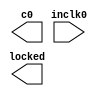
// megafunction wizard: %ALTPLL%VBB%
// GENERATION: STANDARD
// VERSION: WM1.0
// MODULE: altpll 

// ============================================================
// Megafunction Name(s):
// 			altpll
//
// Simulation Library Files(s):
// 			altera_mf
// ============================================================
// ************************************************************
// THIS IS A WIZARD-GENERATED FILE. DO NOT EDIT THIS FILE!
//
// 12.1 Build 177 11/07/2012 SJ Web Edition
// ************************************************************

//Copyright (C) 1991-2012 Altera Corporation
//Your use of Altera Corporation's design tools, logic functions 
//and other software and tools, and its AMPP partner logic 
//functions, and any output files from any of the foregoing 
//(including device programming or simulation files), and any 
//associated documentation or information are expressly subject 
//to the terms and conditions of the Altera Program License 
//Subscription Agreement, Altera MegaCore Function License 
//Agreement, or other applicable license agreement, including, 
//without limitation, that your use is for the sole purpose of 
//programming logic devices manufactured by Altera and sold by 
//Altera or its authorized distributors.  Please refer to the 
//applicable agreement for further details.

module pll (
	inclk0,
	c0,
	locked);

	input	  inclk0;
	output	  c0;
	output	  locked;

endmodule

// ============================================================
// CNX file retrieval info
// ============================================================
// Retrieval info: PRIVATE: ACTIVECLK_CHECK STRING "0"
// Retrieval info: PRIVATE: BANDWIDTH STRING "1.000"
// Retrieval info: PRIVATE: BANDWIDTH_FEATURE_ENABLED STRING "0"
// Retrieval info: PRIVATE: BANDWIDTH_FREQ_UNIT STRING "MHz"
// Retrieval info: PRIVATE: BANDWIDTH_PRESET STRING "Low"
// Retrieval info: PRIVATE: BANDWIDTH_USE_AUTO STRING "1"
// Retrieval info: PRIVATE: BANDWIDTH_USE_CUSTOM STRING "0"
// Retrieval info: PRIVATE: BANDWIDTH_USE_PRESET STRING "0"
// Retrieval info: PRIVATE: CLKBAD_SWITCHOVER_CHECK STRING "0"
// Retrieval info: PRIVATE: CLKLOSS_CHECK STRING "0"
// Retrieval info: PRIVATE: CLKSWITCH_CHECK STRING "1"
// Retrieval info: PRIVATE: CNX_NO_COMPENSATE_RADIO STRING "0"
// Retrieval info: PRIVATE: CREATE_CLKBAD_CHECK STRING "0"
// Retrieval info: PRIVATE: CREATE_INCLK1_CHECK STRING "0"
// Retrieval info: PRIVATE: CUR_DEDICATED_CLK STRING "c0"
// Retrieval info: PRIVATE: CUR_FBIN_CLK STRING "c0"
// Retrieval info: PRIVATE: DEVICE_SPEED_GRADE STRING "7"
// Retrieval info: PRIVATE: DIV_FACTOR0 NUMERIC "15"
// Retrieval info: PRIVATE: DUTY_CYCLE0 STRING "50.00000000"
// Retrieval info: PRIVATE: EFF_OUTPUT_FREQ_VALUE0 STRING "25.200001"
// Retrieval info: PRIVATE: EXPLICIT_SWITCHOVER_COUNTER STRING "0"
// Retrieval info: PRIVATE: EXT_FEEDBACK_RADIO STRING "0"
// Retrieval info: PRIVATE: GLOCKED_COUNTER_EDIT_CHANGED STRING "1"
// Retrieval info: PRIVATE: GLOCKED_FEATURE_ENABLED STRING "1"
// Retrieval info: PRIVATE: GLOCKED_MODE_CHECK STRING "0"
// Retrieval info: PRIVATE: GLOCK_COUNTER_EDIT NUMERIC "1048575"
// Retrieval info: PRIVATE: HAS_MANUAL_SWITCHOVER STRING "1"
// Retrieval info: PRIVATE: INCLK0_FREQ_EDIT STRING "27.000"
// Retrieval info: PRIVATE: INCLK0_FREQ_UNIT_COMBO STRING "MHz"
// Retrieval info: PRIVATE: INCLK1_FREQ_EDIT STRING "100.000"
// Retrieval info: PRIVATE: INCLK1_FREQ_EDIT_CHANGED STRING "1"
// Retrieval info: PRIVATE: INCLK1_FREQ_UNIT_CHANGED STRING "1"
// Retrieval info: PRIVATE: INCLK1_FREQ_UNIT_COMBO STRING "MHz"
// Retrieval info: PRIVATE: INTENDED_DEVICE_FAMILY STRING "Cyclone II"
// Retrieval info: PRIVATE: INT_FEEDBACK__MODE_RADIO STRING "1"
// Retrieval info: PRIVATE: LOCKED_OUTPUT_CHECK STRING "1"
// Retrieval info: PRIVATE: LONG_SCAN_RADIO STRING "1"
// Retrieval info: PRIVATE: LVDS_MODE_DATA_RATE STRING "Not Available"
// Retrieval info: PRIVATE: LVDS_MODE_DATA_RATE_DIRTY NUMERIC "0"
// Retrieval info: PRIVATE: LVDS_PHASE_SHIFT_UNIT0 STRING "deg"
// Retrieval info: PRIVATE: MIG_DEVICE_SPEED_GRADE STRING "Any"
// Retrieval info: PRIVATE: MIRROR_CLK0 STRING "0"
// Retrieval info: PRIVATE: MULT_FACTOR0 NUMERIC "14"
// Retrieval info: PRIVATE: NORMAL_MODE_RADIO STRING "1"
// Retrieval info: PRIVATE: OUTPUT_FREQ0 STRING "100.00000000"
// Retrieval info: PRIVATE: OUTPUT_FREQ_MODE0 STRING "0"
// Retrieval info: PRIVATE: OUTPUT_FREQ_UNIT0 STRING "MHz"
// Retrieval info: PRIVATE: PHASE_RECONFIG_FEATURE_ENABLED STRING "0"
// Retrieval info: PRIVATE: PHASE_RECONFIG_INPUTS_CHECK STRING "0"
// Retrieval info: PRIVATE: PHASE_SHIFT0 STRING "0.00000000"
// Retrieval info: PRIVATE: PHASE_SHIFT_STEP_ENABLED_CHECK STRING "0"
// Retrieval info: PRIVATE: PHASE_SHIFT_UNIT0 STRING "deg"
// Retrieval info: PRIVATE: PLL_ADVANCED_PARAM_CHECK STRING "0"
// Retrieval info: PRIVATE: PLL_ARESET_CHECK STRING "0"
// Retrieval info: PRIVATE: PLL_AUTOPLL_CHECK NUMERIC "1"
// Retrieval info: PRIVATE: PLL_ENA_CHECK STRING "0"
// Retrieval info: PRIVATE: PLL_ENHPLL_CHECK NUMERIC "0"
// Retrieval info: PRIVATE: PLL_FASTPLL_CHECK NUMERIC "0"
// Retrieval info: PRIVATE: PLL_FBMIMIC_CHECK STRING "0"
// Retrieval info: PRIVATE: PLL_LVDS_PLL_CHECK NUMERIC "0"
// Retrieval info: PRIVATE: PLL_PFDENA_CHECK STRING "0"
// Retrieval info: PRIVATE: PLL_TARGET_HARCOPY_CHECK NUMERIC "0"
// Retrieval info: PRIVATE: PRIMARY_CLK_COMBO STRING "inclk0"
// Retrieval info: PRIVATE: RECONFIG_FILE STRING "pll.mif"
// Retrieval info: PRIVATE: SACN_INPUTS_CHECK STRING "0"
// Retrieval info: PRIVATE: SCAN_FEATURE_ENABLED STRING "0"
// Retrieval info: PRIVATE: SELF_RESET_LOCK_LOSS STRING "0"
// Retrieval info: PRIVATE: SHORT_SCAN_RADIO STRING "0"
// Retrieval info: PRIVATE: SPREAD_FEATURE_ENABLED STRING "0"
// Retrieval info: PRIVATE: SPREAD_FREQ STRING "50.000"
// Retrieval info: PRIVATE: SPREAD_FREQ_UNIT STRING "KHz"
// Retrieval info: PRIVATE: SPREAD_PERCENT STRING "0.500"
// Retrieval info: PRIVATE: SPREAD_USE STRING "0"
// Retrieval info: PRIVATE: SRC_SYNCH_COMP_RADIO STRING "0"
// Retrieval info: PRIVATE: STICKY_CLK0 STRING "1"
// Retrieval info: PRIVATE: SWITCHOVER_COUNT_EDIT NUMERIC "1"
// Retrieval info: PRIVATE: SWITCHOVER_FEATURE_ENABLED STRING "1"
// Retrieval info: PRIVATE: SYNTH_WRAPPER_GEN_POSTFIX STRING "0"
// Retrieval info: PRIVATE: USE_CLK0 STRING "1"
// Retrieval info: PRIVATE: USE_CLKENA0 STRING "0"
// Retrieval info: PRIVATE: USE_MIL_SPEED_GRADE NUMERIC "0"
// Retrieval info: PRIVATE: ZERO_DELAY_RADIO STRING "0"
// Retrieval info: LIBRARY: altera_mf altera_mf.altera_mf_components.all
// Retrieval info: CONSTANT: CLK0_DIVIDE_BY NUMERIC "15"
// Retrieval info: CONSTANT: CLK0_DUTY_CYCLE NUMERIC "50"
// Retrieval info: CONSTANT: CLK0_MULTIPLY_BY NUMERIC "14"
// Retrieval info: CONSTANT: CLK0_PHASE_SHIFT STRING "0"
// Retrieval info: CONSTANT: COMPENSATE_CLOCK STRING "CLK0"
// Retrieval info: CONSTANT: GATE_LOCK_SIGNAL STRING "NO"
// Retrieval info: CONSTANT: INCLK0_INPUT_FREQUENCY NUMERIC "37037"
// Retrieval info: CONSTANT: INTENDED_DEVICE_FAMILY STRING "Cyclone II"
// Retrieval info: CONSTANT: INVALID_LOCK_MULTIPLIER NUMERIC "5"
// Retrieval info: CONSTANT: LPM_TYPE STRING "altpll"
// Retrieval info: CONSTANT: OPERATION_MODE STRING "NORMAL"
// Retrieval info: CONSTANT: PORT_ACTIVECLOCK STRING "PORT_UNUSED"
// Retrieval info: CONSTANT: PORT_ARESET STRING "PORT_UNUSED"
// Retrieval info: CONSTANT: PORT_CLKBAD0 STRING "PORT_UNUSED"
// Retrieval info: CONSTANT: PORT_CLKBAD1 STRING "PORT_UNUSED"
// Retrieval info: CONSTANT: PORT_CLKLOSS STRING "PORT_UNUSED"
// Retrieval info: CONSTANT: PORT_CLKSWITCH STRING "PORT_UNUSED"
// Retrieval info: CONSTANT: PORT_CONFIGUPDATE STRING "PORT_UNUSED"
// Retrieval info: CONSTANT: PORT_FBIN STRING "PORT_UNUSED"
// Retrieval info: CONSTANT: PORT_INCLK0 STRING "PORT_USED"
// Retrieval info: CONSTANT: PORT_INCLK1 STRING "PORT_UNUSED"
// Retrieval info: CONSTANT: PORT_LOCKED STRING "PORT_USED"
// Retrieval info: CONSTANT: PORT_PFDENA STRING "PORT_UNUSED"
// Retrieval info: CONSTANT: PORT_PHASECOUNTERSELECT STRING "PORT_UNUSED"
// Retrieval info: CONSTANT: PORT_PHASEDONE STRING "PORT_UNUSED"
// Retrieval info: CONSTANT: PORT_PHASESTEP STRING "PORT_UNUSED"
// Retrieval info: CONSTANT: PORT_PHASEUPDOWN STRING "PORT_UNUSED"
// Retrieval info: CONSTANT: PORT_PLLENA STRING "PORT_UNUSED"
// Retrieval info: CONSTANT: PORT_SCANACLR STRING "PORT_UNUSED"
// Retrieval info: CONSTANT: PORT_SCANCLK STRING "PORT_UNUSED"
// Retrieval info: CONSTANT: PORT_SCANCLKENA STRING "PORT_UNUSED"
// Retrieval info: CONSTANT: PORT_SCANDATA STRING "PORT_UNUSED"
// Retrieval info: CONSTANT: PORT_SCANDATAOUT STRING "PORT_UNUSED"
// Retrieval info: CONSTANT: PORT_SCANDONE STRING "PORT_UNUSED"
// Retrieval info: CONSTANT: PORT_SCANREAD STRING "PORT_UNUSED"
// Retrieval info: CONSTANT: PORT_SCANWRITE STRING "PORT_UNUSED"
// Retrieval info: CONSTANT: PORT_clk0 STRING "PORT_USED"
// Retrieval info: CONSTANT: PORT_clk1 STRING "PORT_UNUSED"
// Retrieval info: CONSTANT: PORT_clk2 STRING "PORT_UNUSED"
// Retrieval info: CONSTANT: PORT_clk3 STRING "PORT_UNUSED"
// Retrieval info: CONSTANT: PORT_clk4 STRING "PORT_UNUSED"
// Retrieval info: CONSTANT: PORT_clk5 STRING "PORT_UNUSED"
// Retrieval info: CONSTANT: PORT_clkena0 STRING "PORT_UNUSED"
// Retrieval info: CONSTANT: PORT_clkena1 STRING "PORT_UNUSED"
// Retrieval info: CONSTANT: PORT_clkena2 STRING "PORT_UNUSED"
// Retrieval info: CONSTANT: PORT_clkena3 STRING "PORT_UNUSED"
// Retrieval info: CONSTANT: PORT_clkena4 STRING "PORT_UNUSED"
// Retrieval info: CONSTANT: PORT_clkena5 STRING "PORT_UNUSED"
// Retrieval info: CONSTANT: PORT_extclk0 STRING "PORT_UNUSED"
// Retrieval info: CONSTANT: PORT_extclk1 STRING "PORT_UNUSED"
// Retrieval info: CONSTANT: PORT_extclk2 STRING "PORT_UNUSED"
// Retrieval info: CONSTANT: PORT_extclk3 STRING "PORT_UNUSED"
// Retrieval info: CONSTANT: VALID_LOCK_MULTIPLIER NUMERIC "1"
// Retrieval info: USED_PORT: @clk 0 0 6 0 OUTPUT_CLK_EXT VCC "@clk[5..0]"
// Retrieval info: USED_PORT: @extclk 0 0 4 0 OUTPUT_CLK_EXT VCC "@extclk[3..0]"
// Retrieval info: USED_PORT: c0 0 0 0 0 OUTPUT_CLK_EXT VCC "c0"
// Retrieval info: USED_PORT: inclk0 0 0 0 0 INPUT_CLK_EXT GND "inclk0"
// Retrieval info: USED_PORT: locked 0 0 0 0 OUTPUT GND "locked"
// Retrieval info: CONNECT: @inclk 0 0 1 1 GND 0 0 0 0
// Retrieval info: CONNECT: @inclk 0 0 1 0 inclk0 0 0 0 0
// Retrieval info: CONNECT: c0 0 0 0 0 @clk 0 0 1 0
// Retrieval info: CONNECT: locked 0 0 0 0 @locked 0 0 0 0
// Retrieval info: GEN_FILE: TYPE_NORMAL pll.v TRUE
// Retrieval info: GEN_FILE: TYPE_NORMAL pll.ppf TRUE
// Retrieval info: GEN_FILE: TYPE_NORMAL pll.inc FALSE
// Retrieval info: GEN_FILE: TYPE_NORMAL pll.cmp FALSE
// Retrieval info: GEN_FILE: TYPE_NORMAL pll.bsf FALSE
// Retrieval info: GEN_FILE: TYPE_NORMAL pll_inst.v FALSE
// Retrieval info: GEN_FILE: TYPE_NORMAL pll_bb.v TRUE
// Retrieval info: LIB_FILE: altera_mf
// Retrieval info: CBX_MODULE_PREFIX: ON